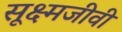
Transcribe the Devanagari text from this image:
सूक्ष्‍मजीवी